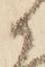
候